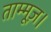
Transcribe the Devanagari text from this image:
ताम्मूज़।